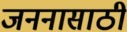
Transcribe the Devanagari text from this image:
जननासाठी